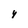
Character: Y